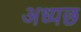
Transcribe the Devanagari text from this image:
अध्यछ